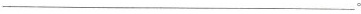
___。